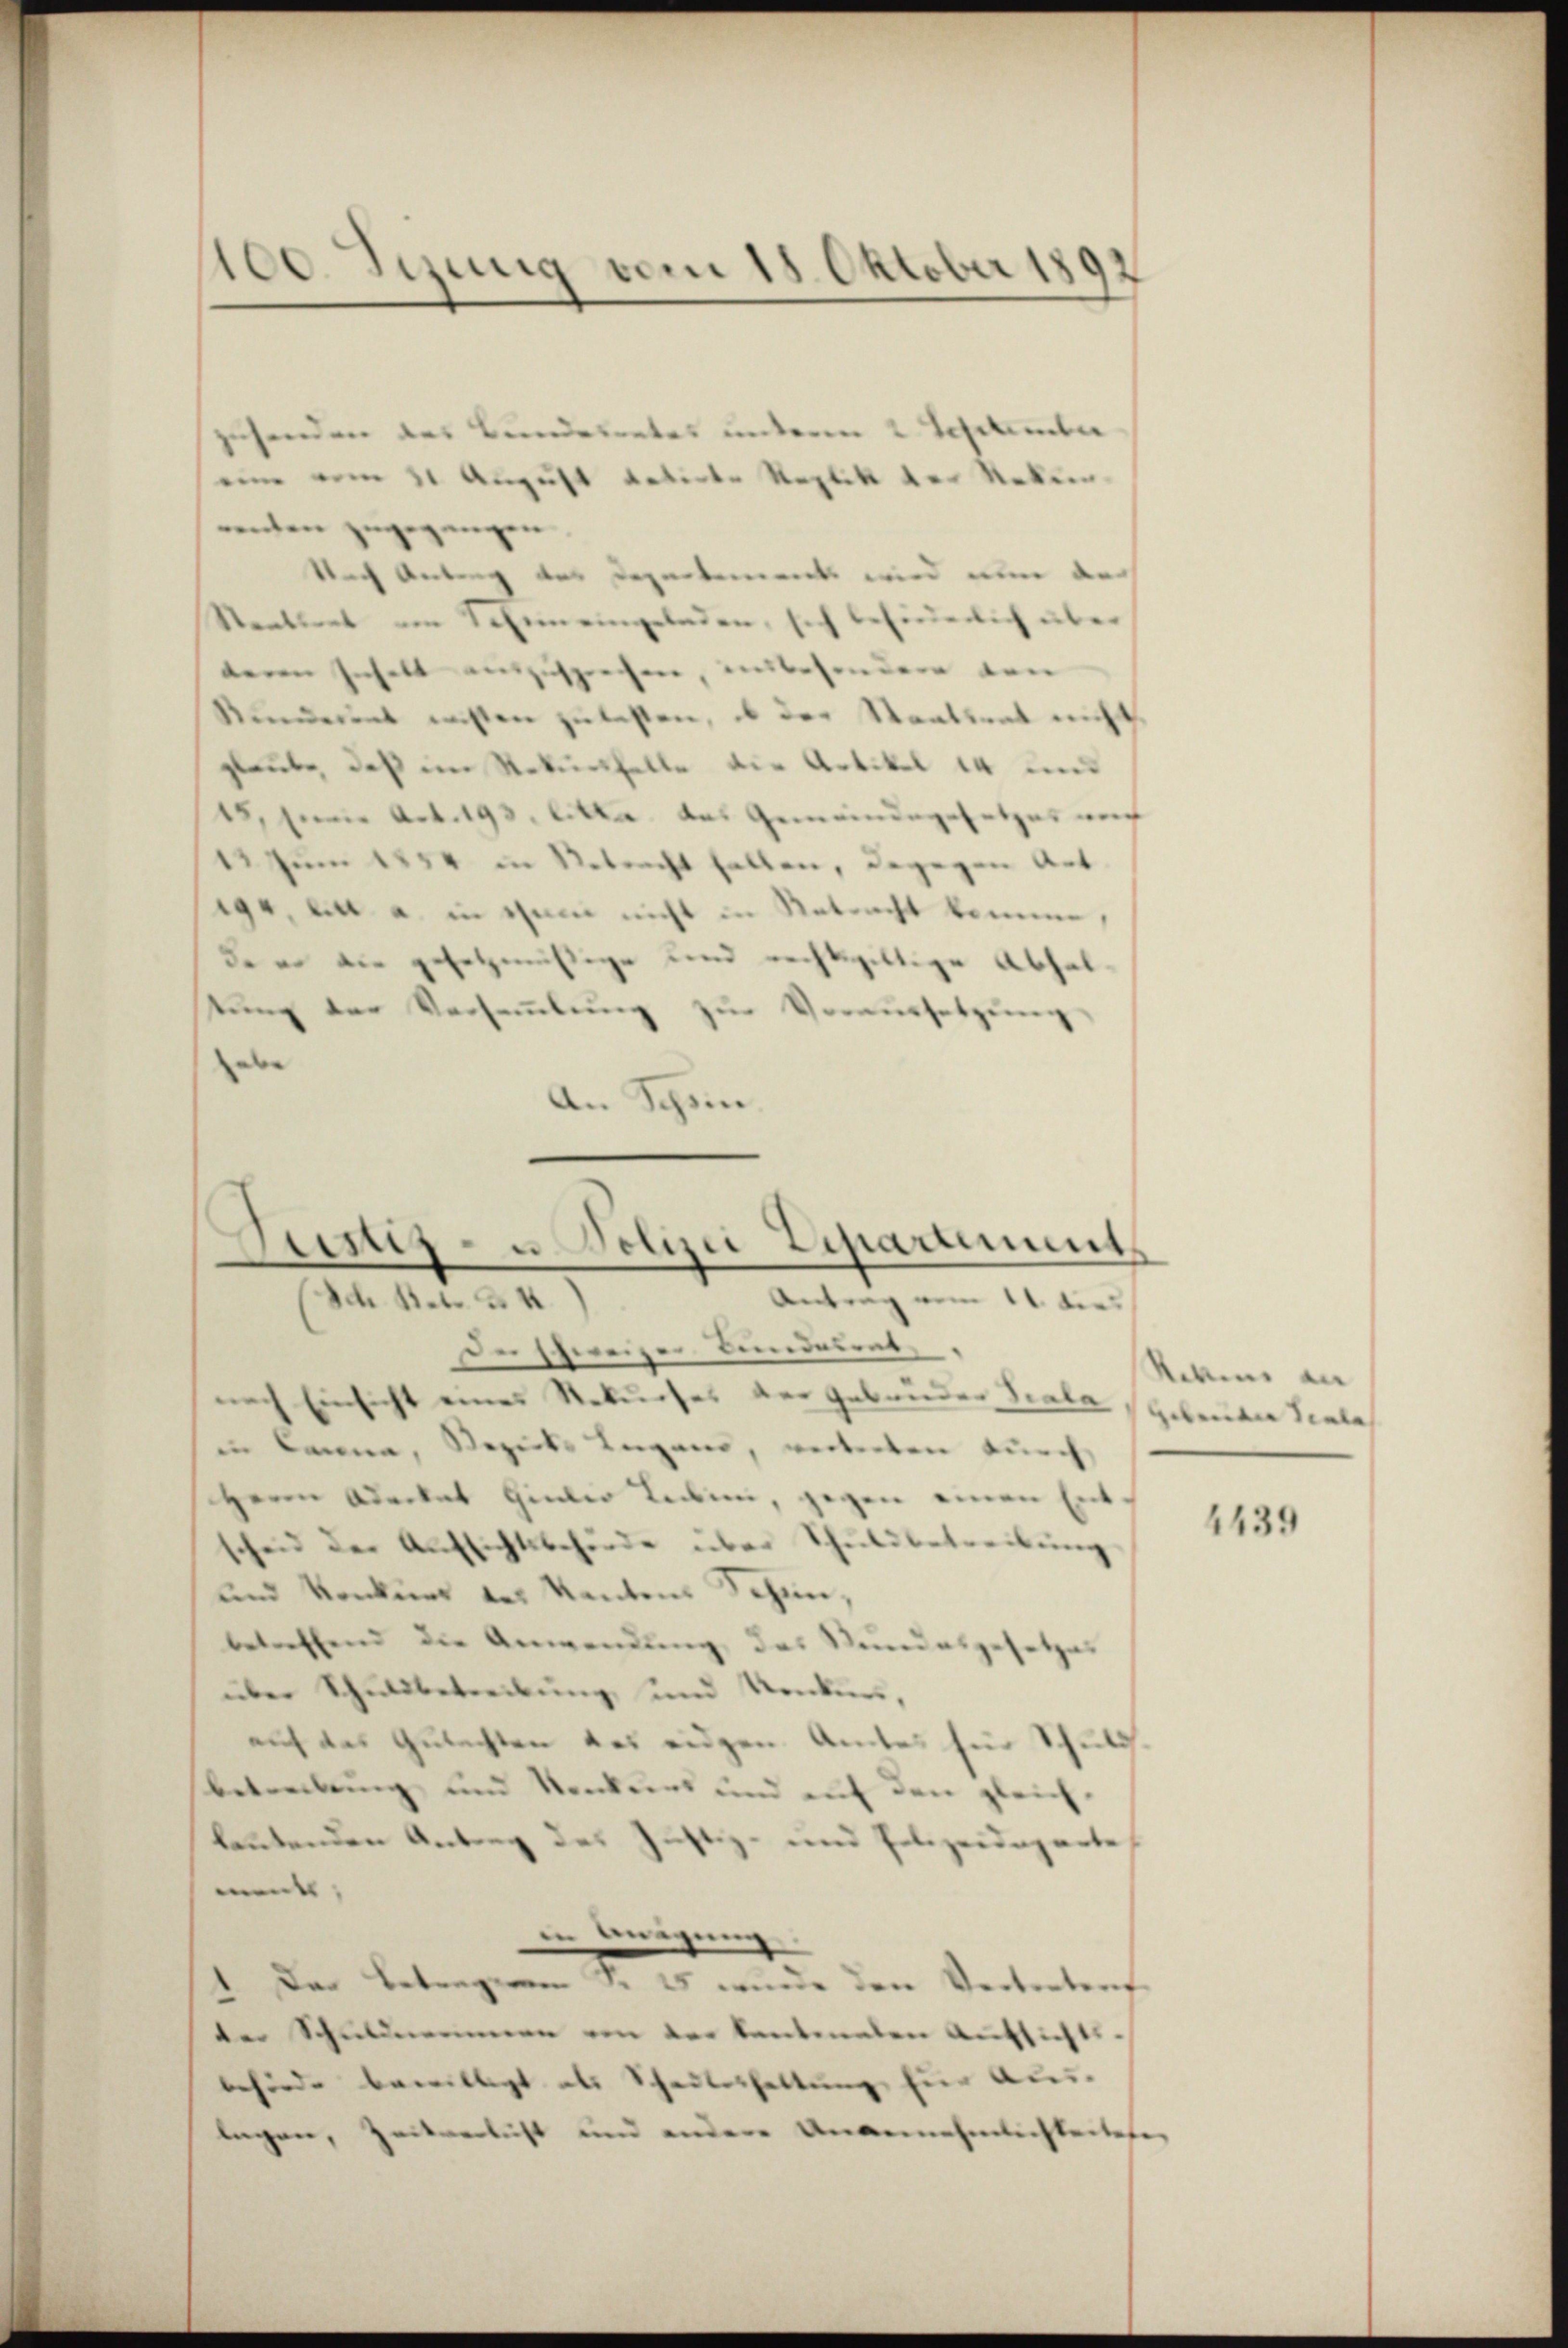
100. Jezung vom 18. Oktober 1892

genden des Bundesrates unterm 2. September
eine vom 31 August datirte Replik der Nekein
nenten zugegangen.
Nach Antrag des
et wird nun dr
n
Staatsrat am Seemeingelr
tenden den
deren Inhalt auszuspre
der Staatsrat er
kunderent wissen zu
glaube, daß im Rekursfall
rtikel 1.
15, Euere Art. 193. litte
nde
12 Juni 1854 in Nebend
e
194, litt a. in sei nicht,
tracht kennen,
de er die gesetzmäßige und
tung der Versammlung
|
u
d
¬
An Schöne
Der schweizer Bundesrat
Einsicht eines Rekurses der Gebäuder Scala
in Lanna, Bezirks Lugans, weiterten durch
Herrn Adecket Giulio Leiben, gegen einen Ent
und der Aufsichtsbehörde über Schuldbetreibung
und Konkurs der Kantons Schin,
betreffend die Anwendung, das Stundesgesetzes
über Schuldbetreibung und Konkurs,
auf das Gutachten das eidgen. Andes für Schul
betreibung und Konkurs und auf den gleich
lautenden Antrag des Justiz- und Polizeideparte
ment
in einigung
1. Das Betrageren S. 15 wurde den Vertretent
der Schuldnerinnen von der kantenaten Aufsichts-
behörde bewilligt als Scheiterhaltung für Aus-
legen, Zeitverlicht und andere Unannehmlichkeitet

Justiz- u Polizei Zepartements
Antrag vom 11 die
Ich. Betr. d. 4.

Rebens des
gebreite viele

1439